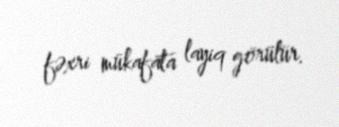
fəxri mükafata layiq görülür.